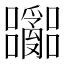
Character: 𫬽